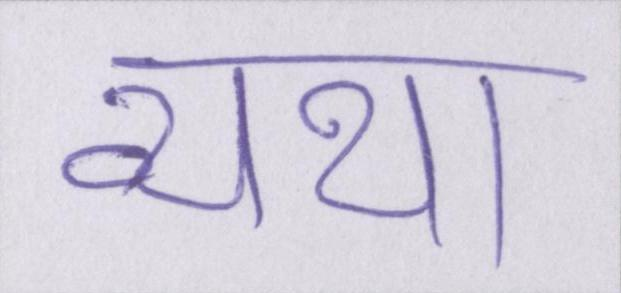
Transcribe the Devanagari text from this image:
व्यथा